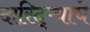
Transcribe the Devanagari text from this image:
दारिद्‌ऱ्याचे